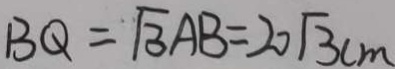
B Q = \sqrt { 3 } A B = 2 0 \sqrt { 3 } c m